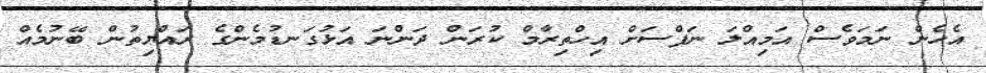
އެހެން ނަމަވެސް އަމިއްލަ ނަފްސަށް އިހްތިރާމް ކުރަން ދަންނަ އަޅުގަނޑުމެންގެ ރައްޔިތުން ބޭނުމެއް